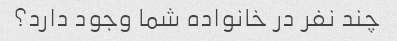
چند نفر در خانواده شما وجود دارد؟